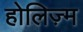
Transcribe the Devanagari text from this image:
होलिज़्म